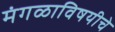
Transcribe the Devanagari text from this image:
मंगळाविषयीचे